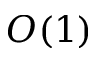
O ( 1 )